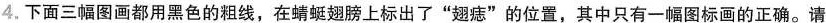
4.下面三幅图画都用黑色的粗线，在蜻蜓翅膀上标出了”翅痣”的位置，其中只有一幅图标画的正确。请